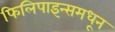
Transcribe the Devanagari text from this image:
फिलिपाइन्समधून